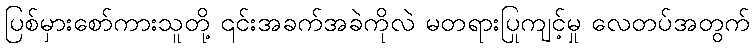
ပြစ်မှားစော်ကားသူတို့ ၎င်းအခက်အခဲကိုလဲ မတရားပြုကျင့်မှု လေတပ်အတွက်